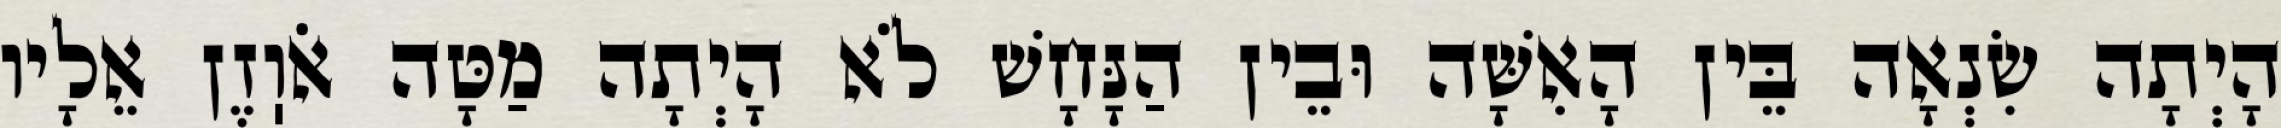
הָיְתָה שִׂנְאָה בֵּין הָאִשָּׁה וּבֵין הַנָּחָשׁ לֹא הָיְתָה מַטָּה אֹוֽזֶן אֵלָיו